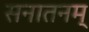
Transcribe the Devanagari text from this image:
सनातनम्